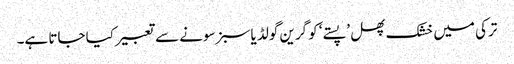
ترکی میں خشک پھل ’پستے‘ کو گرین گولڈ یا سبز سونے سے تعبیر کیا جاتا ہے۔